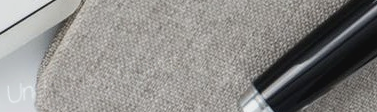
UnderNewMgmt